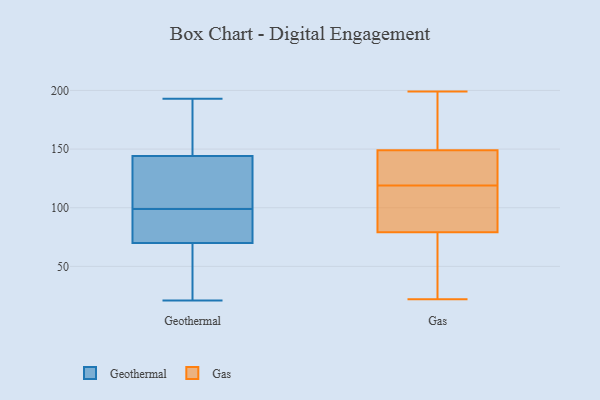
{"axis": {"x": "Headcount", "y": "Value"}, "legend": ["Gas", "Geothermal"], "data": [{"x": "", "y": 128, "type": "Geothermal"}, {"x": "", "y": 144, "type": "Geothermal"}, {"x": "", "y": 83, "type": "Geothermal"}, {"x": "", "y": 109, "type": "Geothermal"}, {"x": "", "y": 66, "type": "Geothermal"}, {"x": "", "y": 193, "type": "Geothermal"}, {"x": "", "y": 80, "type": "Geothermal"}, {"x": "", "y": 31, "type": "Geothermal"}, {"x": "", "y": 84, "type": "Geothermal"}, {"x": "", "y": 164, "type": "Geothermal"}, {"x": "", "y": 123, "type": "Geothermal"}, {"x": "", "y": 70, "type": "Geothermal"}, {"x": "", "y": 187, "type": "Geothermal"}, {"x": "", "y": 21, "type": "Geothermal"}, {"x": "", "y": 130, "type": "Geothermal"}, {"x": "", "y": 89, "type": "Geothermal"}, {"x": "", "y": 164, "type": "Geothermal"}, {"x": "", "y": 41, "type": "Geothermal"}, {"x": "", "y": 27, "type": "Gas"}, {"x": "", "y": 72, "type": "Gas"}, {"x": "", "y": 123, "type": "Gas"}, {"x": "", "y": 115, "type": "Gas"}, {"x": "", "y": 79, "type": "Gas"}, {"x": "", "y": 199, "type": "Gas"}, {"x": "", "y": 99, "type": "Gas"}, {"x": "", "y": 22, "type": "Gas"}, {"x": "", "y": 140, "type": "Gas"}, {"x": "", "y": 79, "type": "Gas"}, {"x": "", "y": 169, "type": "Gas"}, {"x": "", "y": 128, "type": "Gas"}, {"x": "", "y": 149, "type": "Gas"}, {"x": "", "y": 198, "type": "Gas"}]}